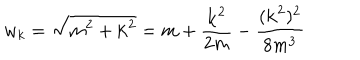
w _ { k } = \sqrt { m ^ { 2 } + { \bf k } ^ { 2 } } = m + \frac { { \bf k } ^ { 2 } } { 2 m } - \frac { ( { \bf k } ^ { 2 } ) ^ { 2 } } { 8 m ^ { 3 } }